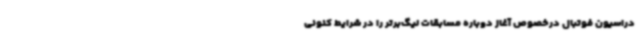
دراسیون فوتبال درخصوص آغاز دوباره مسابقات لیگ‌برتر را در شرایط کنونی